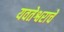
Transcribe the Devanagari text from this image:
यवतेश्वराचे